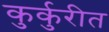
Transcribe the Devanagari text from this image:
कुर्कुरीत